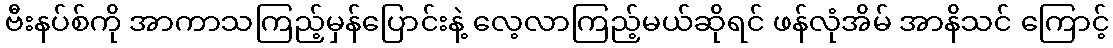
ဗီးနပ်စ်ကို အာကာသကြည့်မှန်ပြောင်းနဲ့ လေ့လာကြည့်မယ်ဆိုရင် ဖန်လုံအိမ် အာနိသင် ကြောင့်